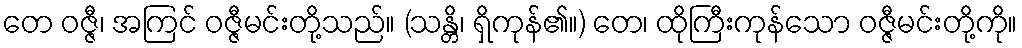
တေ ဝဇ္ဇီ၊ အကြင် ဝဇ္ဇီမင်းတို့သည်။ (သန္တိ၊ ရှိကုန်၏။) တေ၊ ထိုကြီးကုန်သော ဝဇ္ဇီမင်းတို့ကို။